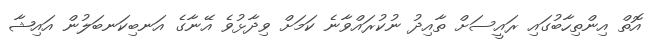
އޮތް އިންތިހާބުގައި ރައީސަށް ތާއިދު ނުކުރައްވާނެ ކަމަށް ވިދާޅުވެ އޭނާގެ އަނބިކަނބަލުން އައިޝާ